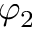
\varphi _ { 2 }